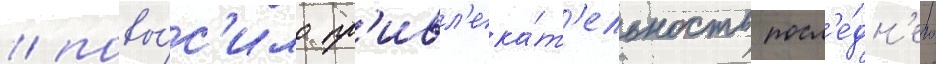
/ повы́с'ило пр'ивл'ека́т'ельность посл'е́дн'его